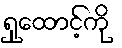
ရှုထောင့်ကို